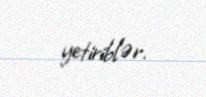
yetiriblər.